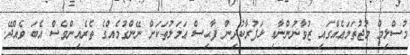
މުސްލިމް މުޖުތަމަޢެއްގައި ޒުވާނުންނާއި ޅަފުރާކުދިން ފާޙިސް ޢަމަލުތަކަށް ނޭންގުމެއްގެ ތެރެއިންވެސް އެބަ ވެއްދޭ.